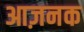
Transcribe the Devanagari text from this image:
आज़नक